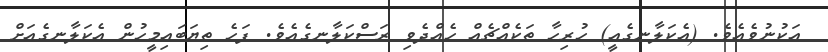
އަކުނުވެއެވެ. (އެކަލާނގެއީ) ހުރިހާ ތަކެއްޗެއް ހެއްދެވި ރަސްކަލާނގެއެވެ. ފަހެ ތިޔަބައިމީހުން އެކަލާނގެއަށް